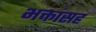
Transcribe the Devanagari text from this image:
भक्तांसह